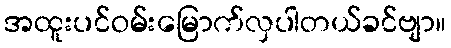
အထူးပင်ဝမ်းမြောက်လှပါတယ်ခင်ဗျာ။